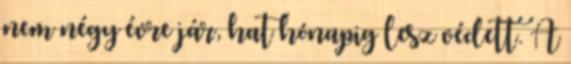
nem négy évre jár, hat hónapig lesz védett. A